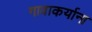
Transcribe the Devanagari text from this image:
गावाकर्याना